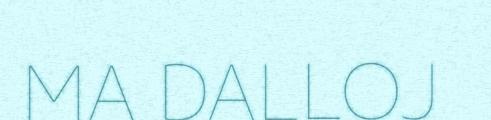
MA DALLOJ